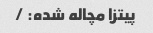
پیتزا مچاله شده: /